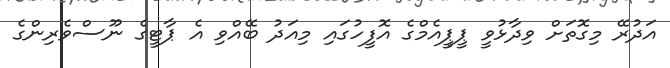
އަދުރޭ މިގޮތަށް ވިދާޅުވީ ޕީޕީއެމްގެ އޮފީހުގައި މިއަދު ބޭއްވި އެ ޕާޓީގެ ނޫސްވެރިންގެ